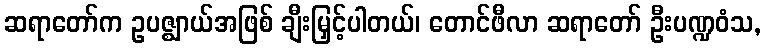
ဆရာတော်က ဥပဇ္ဈာယ်အဖြစ် ချီးမြှင့်ပါတယ်၊ တောင်ဖီလာ ဆရာတော် ဦးပဏ္ဍဝံသ,